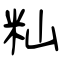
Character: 籼